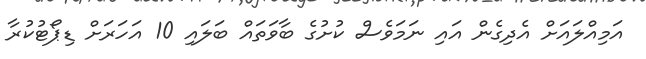
އަމިއްލައަށް އެދިގެން އައި ނަމަވެސް ކުށުގެ ބާވަތައް ބަލައި 10 އަހަރަށް ޑިޕޯޓުކުރާ